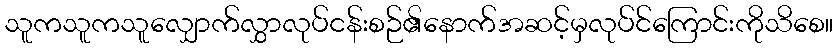
သူကသူကသူလျှောက်လွှာလုပ်ငန်းစဉ်၏နောက်အဆင့်မှလုပ်င်ကြောင်းကိုသိစေ။